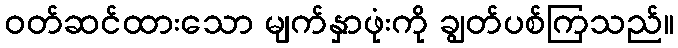
ဝတ်ဆင်ထားသော မျက်နှာဖုံးကို ချွတ်ပစ်ကြသည်။